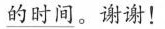
的时间。谢谢！